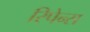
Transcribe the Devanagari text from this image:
रिपेन्स